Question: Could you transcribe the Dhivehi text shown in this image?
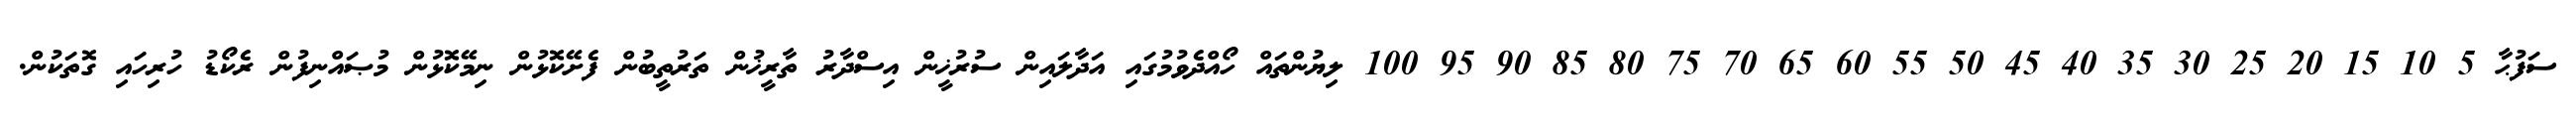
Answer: ސަފުޙާ 5 10 15 20 25 30 35 40 45 50 55 60 65 70 75 80 85 90 95 100 ލިޔުންތައް ހޯއްދެވުމުގައި އަދާލައިން ސުރުޚީން އިސްދާރު ތާރީޚުން ތަރުތީބުން ފެށޭކޮޅުން ނިމޭކޮޅުން މުޞައްނިފުން ރެކޯޑު ހުރިހައި ގޮތަކުން.